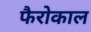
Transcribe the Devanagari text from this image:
फैरोकाल